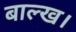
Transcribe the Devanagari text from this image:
बाल्ख।